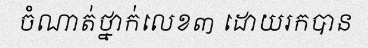
ចំណាត់ថ្នាក់លេខ៣ ដោយរកបាន